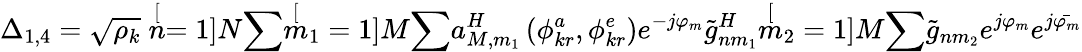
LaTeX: \Delta_{1,4}=\sqrt{\rho_{k}}\stackrel[n=1]{N}{\sum}\stackrel[m_{1}=1]{M}{\sum}a_{M,m_{1}}^{H}\left(\phi_{kr}^{a},\phi_{kr}^{e}\right)e^{-j\varphi_{m}}\tilde{g}_{nm_{1}}^{H}\stackrel[m_{2}=1]{M}{\sum}\tilde{g}_{nm_{2}}e^{j\varphi_{m}}e^{j\bar{\varphi_{m}}}